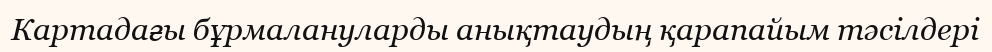
Картадағы бұрмалануларды анықтаудың қарапайым тәсілдері